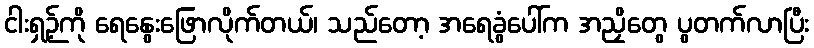
ငါးရှဉ့်ကို ရေနွေးဖြောလိုက်တယ်၊ သည်တော့ အရေခွံပေါ်က အညှိတွေ ပွတက်လာပြီး